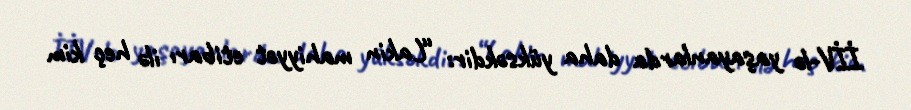
İİV-lə yaşayanlarda daha yüksəkdir: “Lakin mahiyyət etibarı ilə heç kim